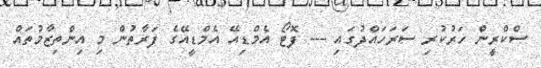
ސްކްރީން ހަރުކުރި ސަރަހައްދުގައި --- ފޮޓޯ އެމްޑިއޭ އެމްޑީއޭގެ ފަރާތުން މި އިންތިޒާމުތައް